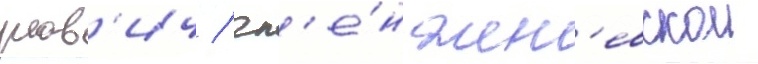
рав'ич / чл'е́н жен'евскои